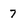
Character: 7